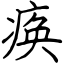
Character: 痪